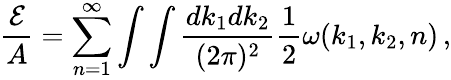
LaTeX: {\frac{\cal E}{A}}=\sum_{n=1}^{\infty}\int\int{\frac{dk_{1}dk_{2}}{(2\pi)^{2}}}{\frac{1}{2}}\omega(k_{1},k_{2},n)\, ,